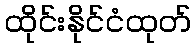
ထိုင်းနိုင်ငံထုတ်